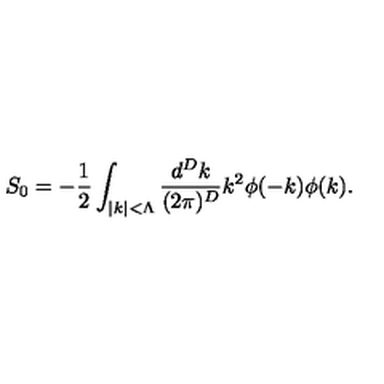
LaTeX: S _ { 0 } = - \frac { 1 } { 2 } \int _ { | k | < \Lambda } \frac { d ^ { D } k } { ( 2 \pi ) ^ { D } } k ^ { 2 } \phi ( - k ) \phi ( k ) .